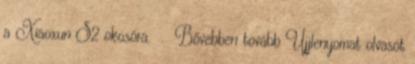
a Xiaoxun S2 okosóra. . Bővebben tovább Ujjlenyomat olvasót